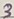
Text: 3